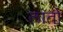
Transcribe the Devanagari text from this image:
लातो